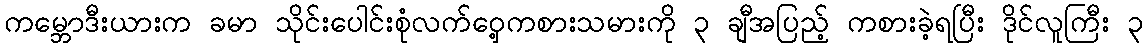
ကမ္ဘောဒီးယားက ခမာ သိုင်းပေါင်းစုံလက်ဝှေ့ကစားသမားကို ၃ ချီအပြည့် ကစားခဲ့ရပြီး ဒိုင်လူကြီး ၃